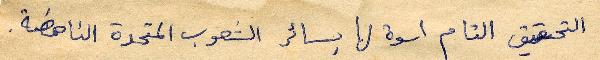
التحقيق التام اسوة لها بسائر الشعوب المتحدة الناهصة.